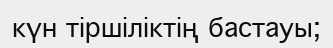
күн тіршіліктің бастауы;